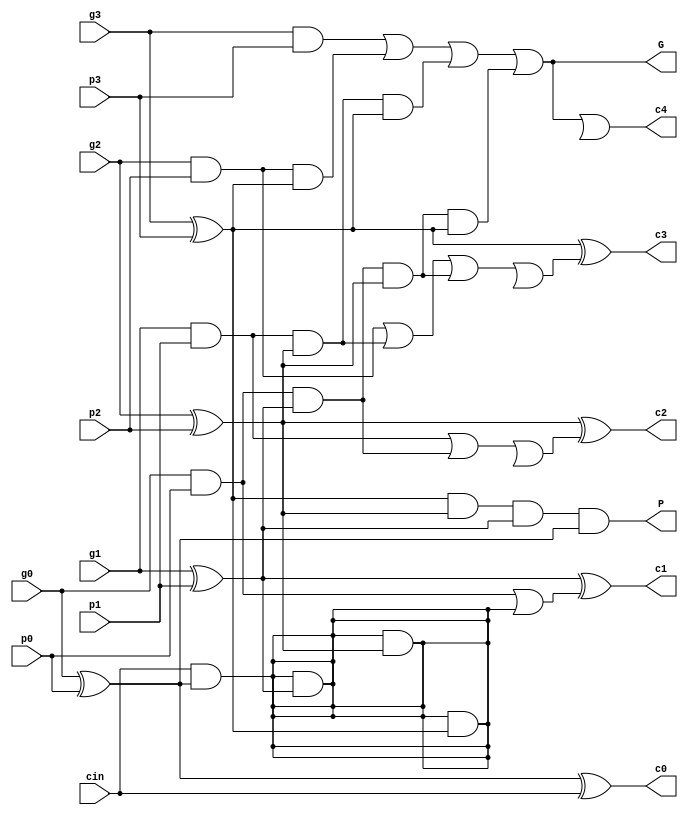
`timescale 1ns / 1ps
//////////////////////////////////////////////////////////////////////////////////
// Company: 
// Engineer: 
// 
// Design Name: 
// Module Name: CLA4bit
// Project Name: 
// Target Devices: 
// Tool Versions: 
// Description: 
// 
// Dependencies: 
// 
// Revision:
// Revision 0.01 - File Created
// Additional Comments:
// 
//////////////////////////////////////////////////////////////////////////////////


module CLA4bit(g0, p0, g1, p1, g2, p2, g3, p3, cin, c0, c1, c2, c3, c4, G ,P);
    
    input g0, p0, g1, p1, g2, p2, g3, p3, cin;
    output c0, c1, c2, c3, c4, G, P;

    wire x0, x1, x2, x3;
    wire y0, y1, y2, y3;
    wire z1, z2, z3;
    
    and #(1) (x0, g0, p0);
    and #(1) (x1, g1, p1);
    and #(1) (x2, g2, p2);
    and #(1) (x3, g3, p3);
    
    xor #(1) (y0, g0, p0);
    xor #(1) (y1, g1, p1);
    xor #(1) (y2, g2, p2);
    xor #(1) (y3, g3, p3);
    
    wire ya, yb, yc, yd, ye, yf;
    wire o0, o1, o2, o3;
    
    and #(1)  (o0, cin, y0);
    and #(1)  (o0, cin, y0, y1);
    and #(1)  (o0, cin, y0, y1, y2);
    and #(1)  (o0, cin, y0, y1, y2, y3);
    
    or #(1) (z1, x0, o0);
    wire xa, xb, xc, xd, xe, xf;
    
    and #(1) (xa, x0, y1);
    and #(1) (xb, x1, y2);
    and #(1) (xc, x0, y1, y2);
    and #(1) (xd, x2,y3);
    and #(1) (xe, x1, y2, y3);
    and #(1)(xf, x0, y1, y2, y3);
    
    or #(1) (z2, x1, xa, ya);
    or #(1) (z3, x2, xb, xc, o2);
    or #(1) (c4, x3, xd, xe, xf, o3);
    
    xor #(1) (c0, y0, cin);
    xor #(1) (c1, y1, z1);
    xor#(1) (c2, y2, z2);
    xor#(1) (c3, y3, z3);
    
    and #(1) (P, y3, y2, y1, y0);
    or #(1) (G, x3, xd, xe, xf);
 
endmodule